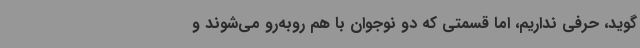
‌گوید، حرفی نداریم، اما قسمتی که دو نوجوان با هم روبه‌رو می‌شوند و